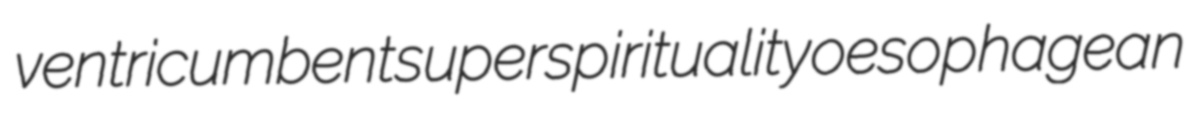
ventricumbent superspirituality oesophagean